Annual report of the Bengal Veterinary College and of the Civil Veterinary Department, Bengal, for the year 1899-1900 - 1899-1900
Year: 1899
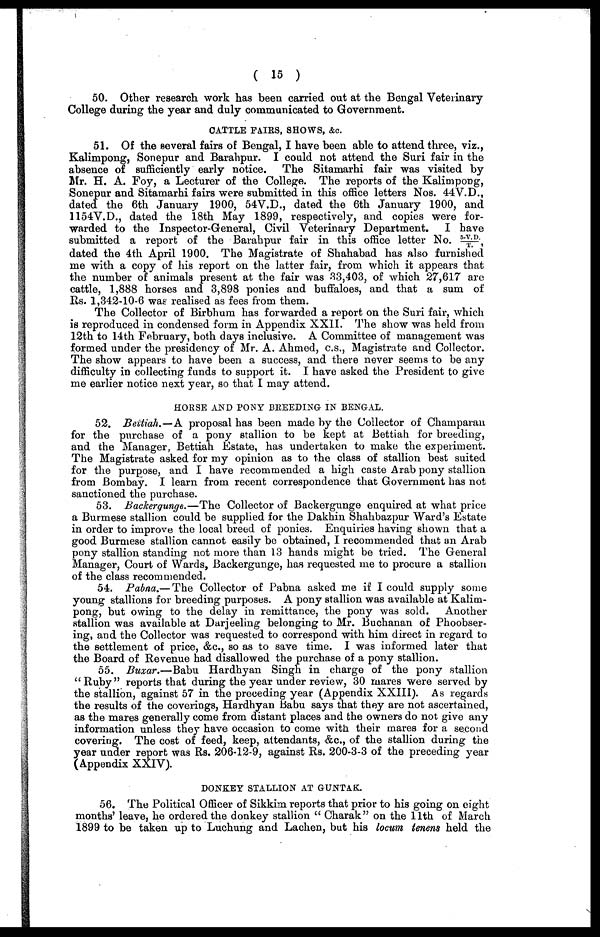
( 15 )
50. Other research work has been carried out at the Bengal Veterinary
College during the year and duly communicated to Government.
CATTLE FAIRS, SHOWS, &c.
51. Of the several fairs of Bengal, I have been able to attend three, viz.,
Kalimpong, Sonepur and Barahpur. I could not attend the Suri fair in the
absence of sufficiently early notice. The Sitamarhi fair was visited by
Mr. H. A. Foy, a Lecturer of the College. The reports of the Kalimpong,
Sonepur and Sitamarhi fairs were submitted in this office letters Nos. 44 V. D.,
dated the 6th January 1900, 54V.D., dated the 6th January 1900, and
1154V.D., dated the 18th May 1899, respectively, and copies were for-
warded to the Inspector-General, Civil Veterinary Department. I have
submitted a report of the Barahpur fair in this office letter No. 5.V.D./T.,
dated the 4th April 1900. The Magistrate of Shahabad has also furnished
me with a copy of his report on the latter fair, from which it appears that
the number of animals present at the fair was 33,403, of which 27,617 are
cattle, 1,888 horses and 3,898 ponies and buffaloes, and that a sum of
Its. 1,342-10-6 was realised as fees from them.
The Collector of Birbhum has forwarded a report on the Suri fair, which
is reproduced in condensed form in Appendix XXII. The show was held from
12th to 14th February, both days inclusive. A Committee of management was
formed under the presidency of Mr. A. Ahmed, c.s., Magistrate and Collector.
The show appears to have been a success, and there never seems to be any
difficulty in collecting funds to support it. I have asked the President to give
me earlier notice next year, so that I may attend.
HORSE AND PONY BREEDING IN BENGAL.
52. Bettiah.—A proposal has been made by the Collector of Champaran
for the purchase of a pony stallion to be kept at Bettiah for breeding,
and the Manager, Bettiah Estate, has undertaken to make the experiment.
The Magistrate asked for my opinion as to the class of stallion best suited
for the purpose, and I have recommended a high caste Arab pony stallion
from Bombay. I learn from recent correspondence that Government has not
sanctioned the purchase.
53. Backergunge.—The Collector of Backergunge enquired at what price
a Burmese stallion could be supplied for the Dakhin Shahbazpur Ward's Estate
in order to improve the local breed of ponies. Enquiries having shown that a
good Burmese stallion cannot easily bo obtained, I recommended that an Arab
pony stallion standing not more than 13 hands might be tried. The General
Manager, Court of Wards, Backergunge, has requested me to procure a stallion
of the class recommended.
54. Pabna.— The Collector of Pabna asked me if I could supply some
young stallions for breeding purposes. A pony stallion was available at Kalim-
pong, but owing to the delay in remittance, the pony was sold. Another
stallion was available at Darjeeling belonging to Mr. Buchanan of Phoobser-
ing, and the Collector was requested to correspond with him direct in regard to
the settlement of price, &c, so as to save time. I was informed later that
the Board of Revenue had disallowed the purchase of a pony stallion.
55. Buxar.—Babu Hardhyan Singh in charge of the pony stallion
"Ruby" reports that during the year under review, 30 mares were served by
the stallion, against 57 in the preceding year (Appendix XXIII). As regards
the results of the coverings, Hardhyan Babu says that they are not ascertained,
as the mares generally come from distant places and the owners do not give any
information unless they have occasion to come with their mares for a second
covering. The cost of feed, keep, attendants, &c., of the stallion during the
year under report was Rs. 206-12-9, against Rs. 200-3-3 of the preceding year
(Appendix XXIV).
DONKEY STALLION AT GUNTAK.
56. The Political Officer of Sikkim reports that prior to his going on eight
months' leave, he ordered the donkey stallion "Charak" on the 11th of March
1899 to be taken up to Luchung and Lachen, but his locum tenens held the